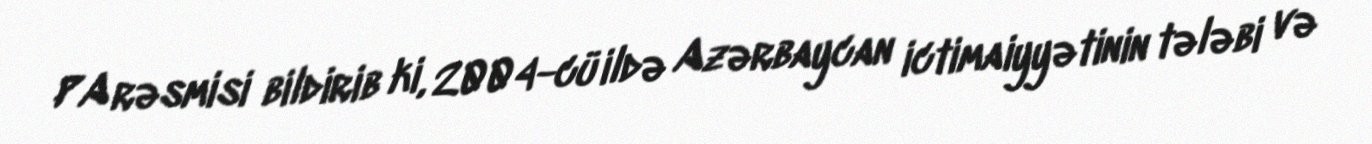
PA rəsmisi bildirib ki, 2004-cü ildə Azərbaycan ictimaiyyətinin tələbi və